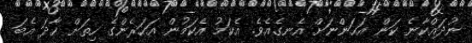
ނުދައްކާނެ ކަން އަހަންނަށް އެނގެއެވެ. އެކަމު އެކަމުން އަހަރެންގެ ހިތަށް ހާދަ އެބަ